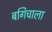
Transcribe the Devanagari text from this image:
बगिचाला